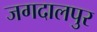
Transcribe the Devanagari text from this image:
जगदालपुर